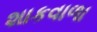
શાકવાળા